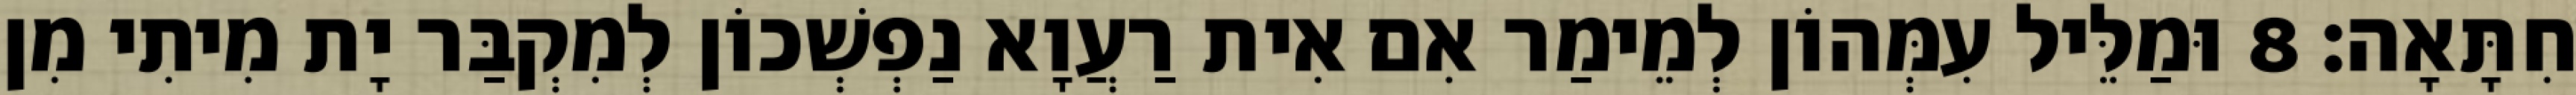
חִתָּאָה׃ 8 וּמַלֵּיל עִמְּהוֹן לְמֵימַר אִם אִית רַעֲוָא נַפְשְׁכוֹן לְמִקְבַּר יָת מִיתִי מִן